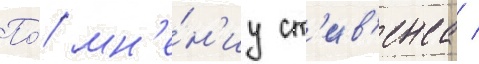
По́ мн'е́н'иу ст'ив'енса /